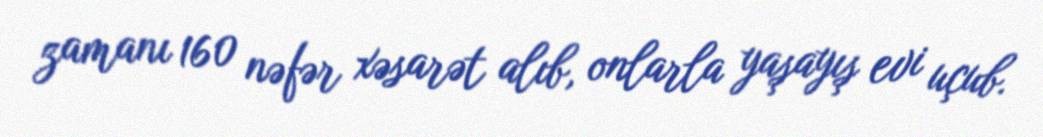
zamanı 160 nəfər xəsarət alıb, onlarla yaşayış evi uçub.